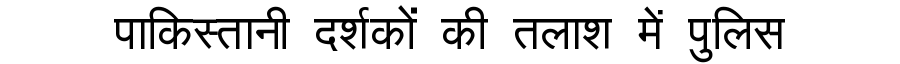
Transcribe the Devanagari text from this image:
पाकिस्तानी दर्शकों की तलाश में पुलिस